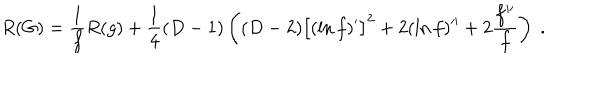
R ( G ) = \frac { 1 } { f } R ( g ) + \frac { 1 } { 4 } ( D - 1 ) \left( ( D - 2 ) \big [ ( \ln f ) ^ { \prime } \big ] ^ { 2 } + 2 ( \ln f ) ^ { \prime \prime } + 2 \frac { f ^ { \prime \prime } } { f } \right) \; .